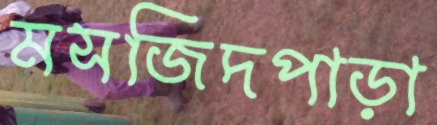
মসজিদপাড়া